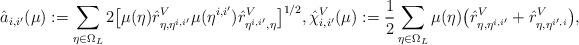
LaTeX: \begin{align*} \hat a_{i,i'}(\mu): =\sum_{\eta\in\Omega_L}2\bigl[\mu(\eta)\hat r^V_{\eta,\eta^{i,i'}}\mu(\eta^{i,i'})\hat r^V_{\eta^{i,i'},\eta}\bigr]^{1/2}, \hat\chi^V_{i,i'}(\mu):=\frac 12\sum_{\eta\in\Omega_L} \mu(\eta)\bigl(\hat r^V_{\eta,\eta^{i,i'}}+\hat r^V_{\eta,\eta^{i',i}}\bigr),\end{align*}